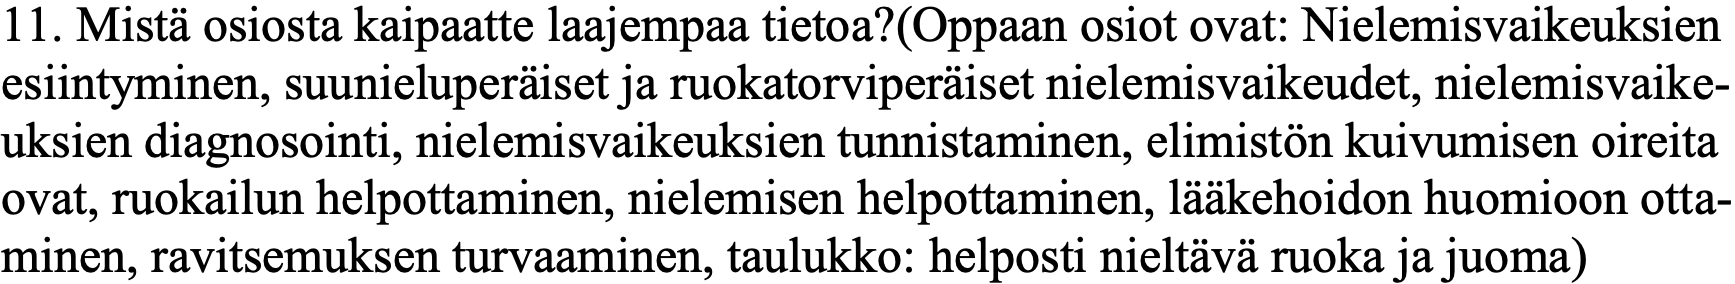
11. Mistä osiosta kaipaatte laajempaa tietoa?(Oppaan osiot ovat: Nielemisvaikeuksien esiintyminen, suunieluperäiset ja ruokatorviperäiset nielemisvaikeudet, nielemisvaike- uksien diagnosointi, nielemisvaikeuksien tunnistaminen, elimistön kuivumisen oireita ovat, ruokailun helpottaminen, nielemisen helpottaminen, lääkehoidon huomioon otta- minen, ravitsemuksen turvaaminen, taulukko: helposti nieltävä ruoka ja juoma)